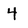
Character: 4